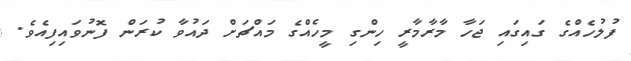
ފުލުހެއްގެ ގައިގައި ޖަހާ މާރާމާރީ ހިންގި މީހެއްގެ މައްޗަށް ދައުވާ ކުރަން ފޮނުވައިފިއެވެ.